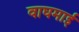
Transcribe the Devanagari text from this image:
वाघमाई